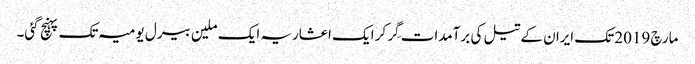
مارچ 2019 تک ایران کے تیل کی برآمدات گِر کر ایک اعشاریہ ایک ملین بیرل یومیہ تک پہنچ گئی۔